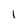
Character: l